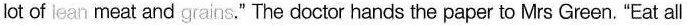
lot of lean meat and grains." The doctor hands the paper to Mrs Green. "Eat all